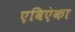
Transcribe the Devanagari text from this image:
एविएंका